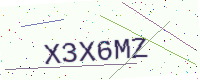
Text: X3X6MZ